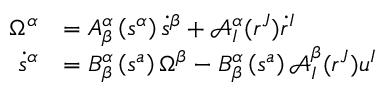
\begin{array} { r l } { \Omega ^ { \alpha } } & { = A _ { \beta } ^ { \alpha } \left( s ^ { \alpha } \right) \dot { s } ^ { \beta } + \mathcal { A } _ { I } ^ { \alpha } ( r ^ { J } ) \dot { r } ^ { I } } \\ { \dot { s } ^ { \alpha } } & { = B _ { \beta } ^ { \alpha } \left( s ^ { a } \right) \Omega ^ { \beta } - B _ { \beta } ^ { \alpha } \left( s ^ { a } \right) \mathcal { A } _ { I } ^ { \beta } ( r ^ { J } ) u ^ { I } } \end{array}